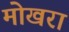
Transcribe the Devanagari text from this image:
मोखरा